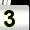
Digit: 3